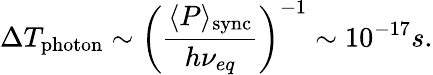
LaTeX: \Delta T_{\mathrm{photon}}\sim\biggl(\frac{\langle P\rangle_{\mathrm{sync}}}{h\nu_{eq}}\biggr)^{-1}\sim 10^{-17}s.